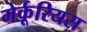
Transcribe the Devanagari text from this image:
मेर्कूरियस